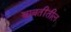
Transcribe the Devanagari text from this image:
बाबतींतील